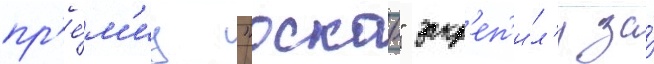
пр'е́м'иу "оскар" закр'еп'и́л'и за́